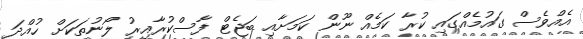
އެއްވެސް ގައުމެއްގައި ކުރާ ކަމެއް ނޫން ކަމަށާއި ބަޖެޓް ފާސްކުރާއިރު ލޯނުތަކަށް ހުއްދަ